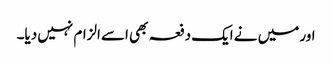
اور میں نے ایک دفعہ بھی اسے الزام نہیں دیا۔